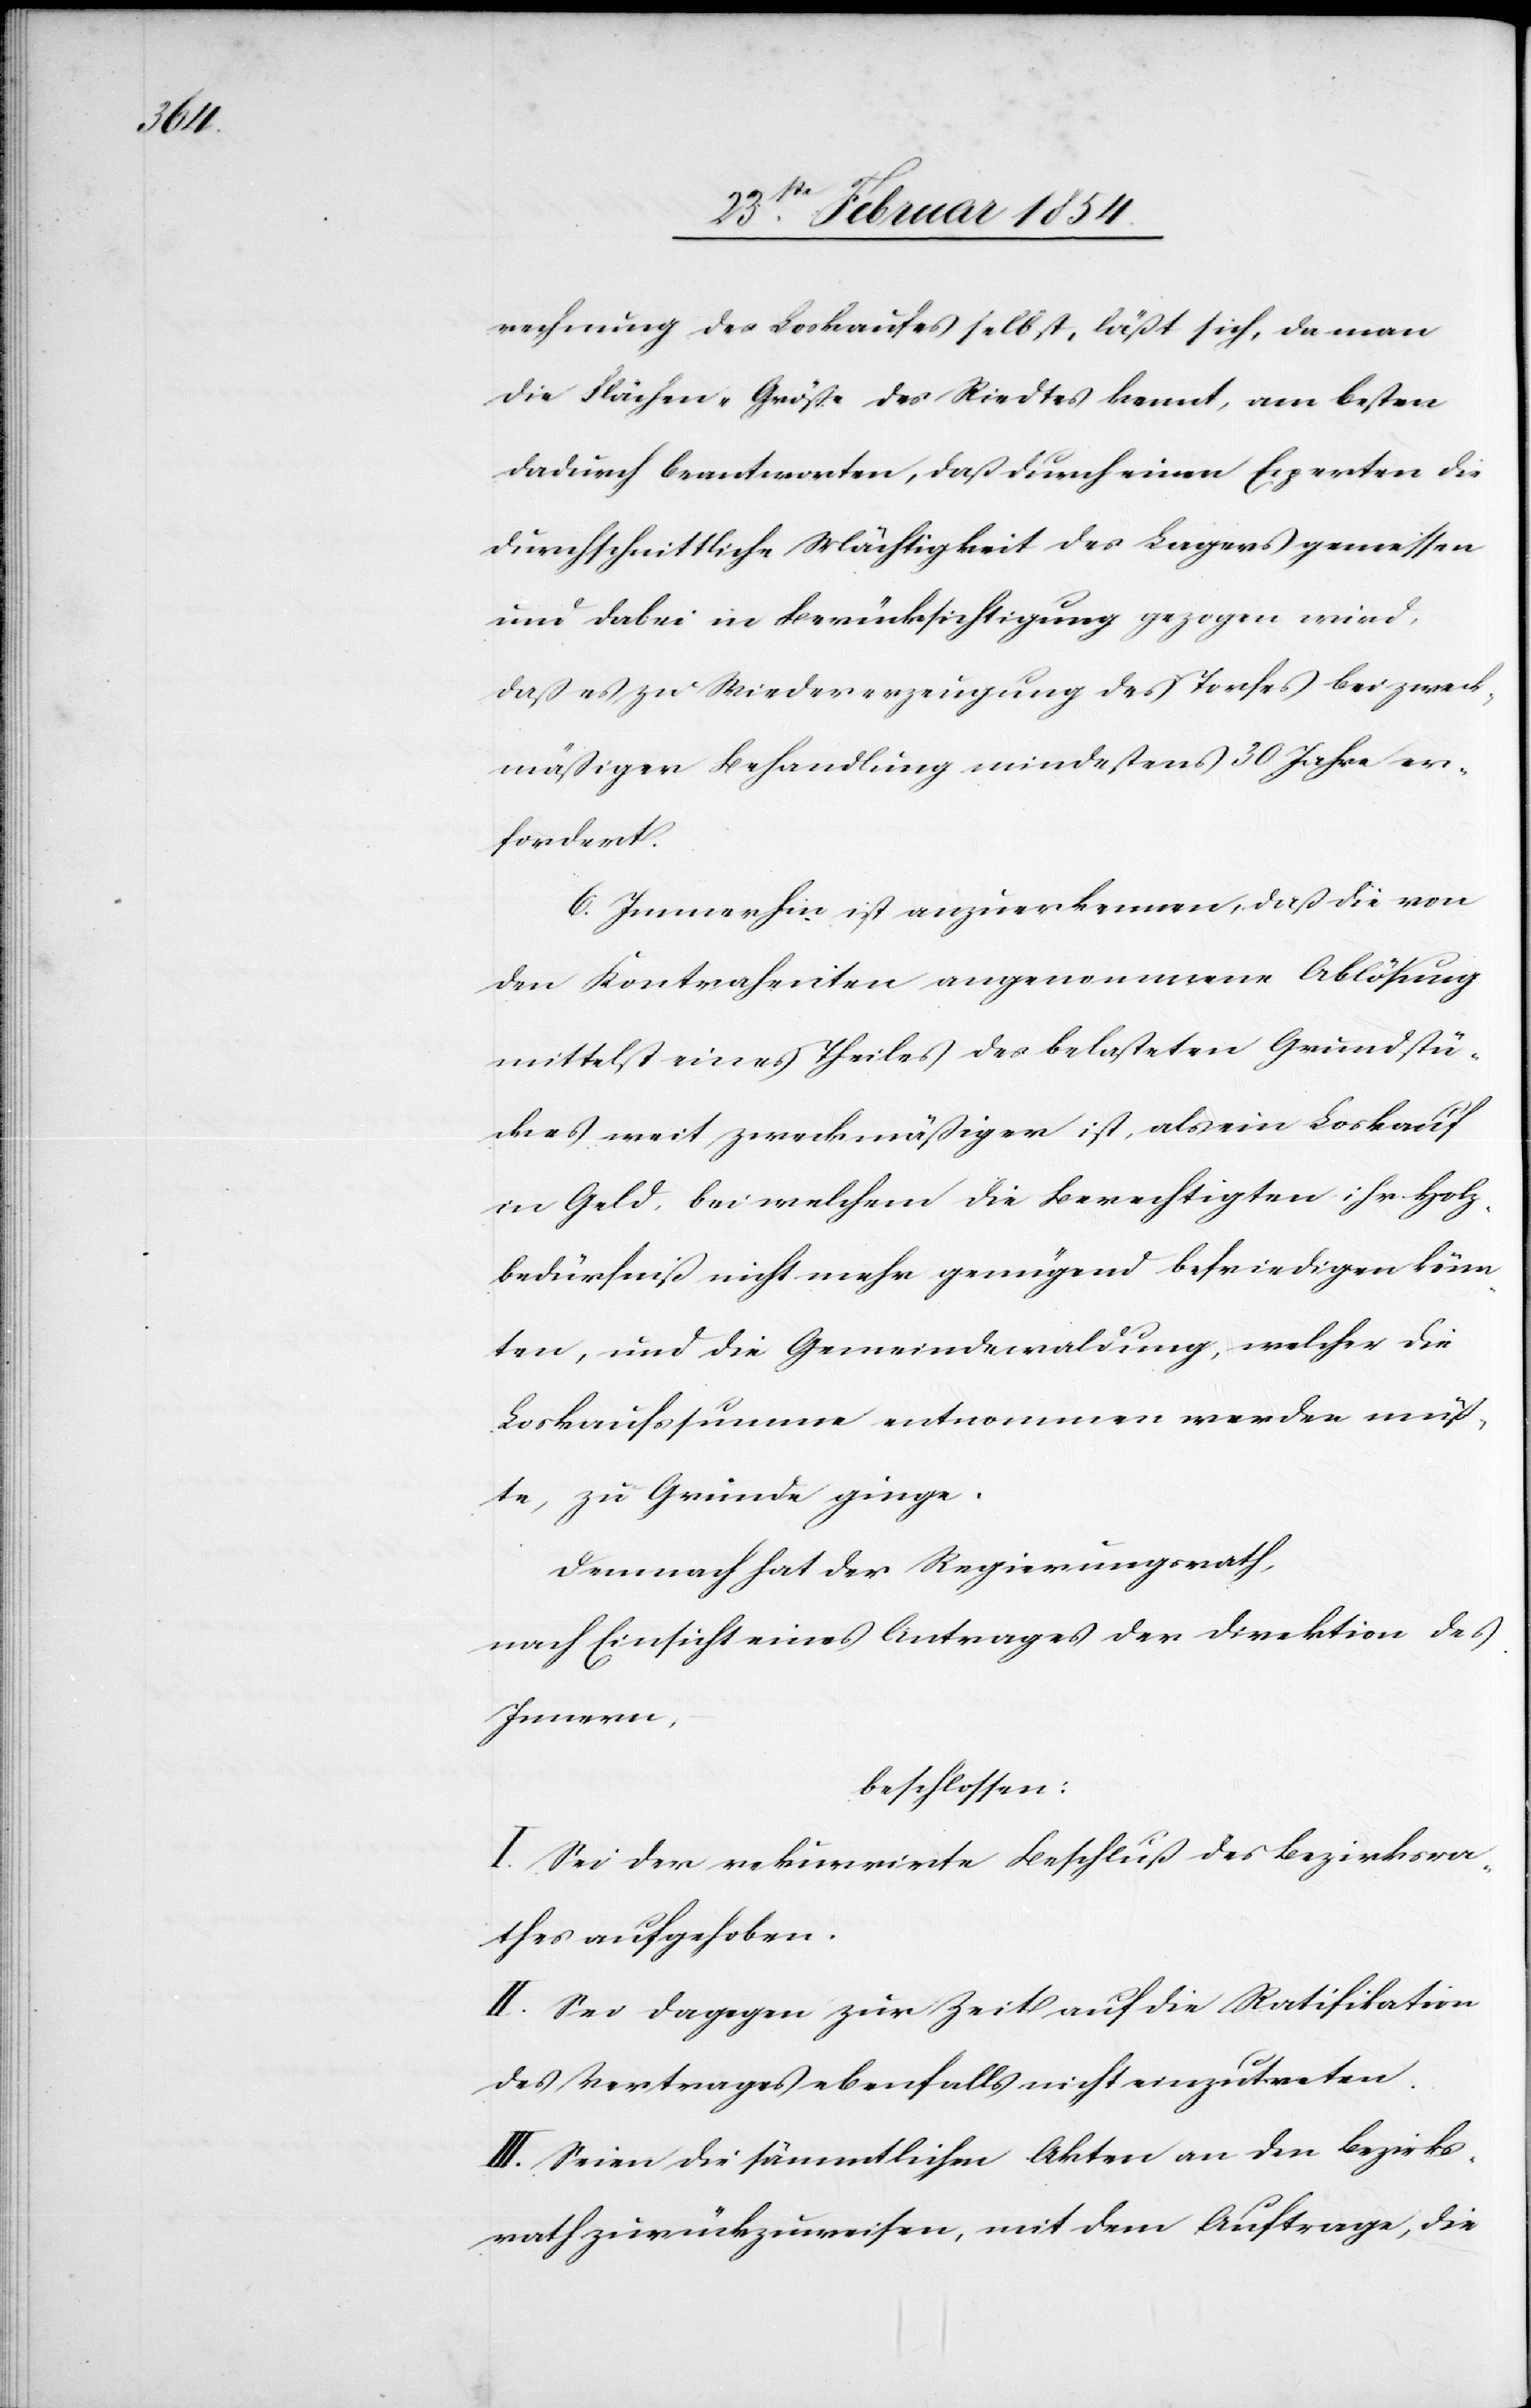
rechnung des Loskaufes selbst, läßt sich, da man
die Fläche-Größe des reidtes kennt, am besten
dadurch beantworten, daß durch einen experten die
durchschnittliche Mächtigkeit des Lagers gemessen
und dabei in Berücksichtigung gezogen wird,
daß es zu Wiedererzeugung des Torfes bei zweck¬
mäßiger Behandlung mindestens 30 Jahre er¬
fordert.
6. Immerhin ist anzuerkennen, daß die von
den Kontrahenten angenommene Ablösung
mittelst eines Theiles des belasteten Grundstü¬
ckes weit zweckmäßiger ist, als ein Loskauf
in Geld, bei welchem die Berechtigten ihr Holz¬
bedürfniß nicht mehr genügend befriedigen könn¬
ten, und die Gemeindewaldung, welcher die
Loskaufssumme entnommen werden müß¬
te, zu Grunde ginge.
Demnach hat der Regierungsrath,
nach Einsicht eines Antrages der Direktion des
Innern,
beschlossen:
I. Sei der rekurrirte Beschluß des Bezirksra¬
thes aufgehoben.
II. Sei dagegen zur Zeit auf die Ratifikation
des Vertrages ebenfalls nicht einzutreten.
III. Seien die sämmtlichen Akten an den Bezirks¬
rath zurückzuweisen, mit dem Auftrage, die